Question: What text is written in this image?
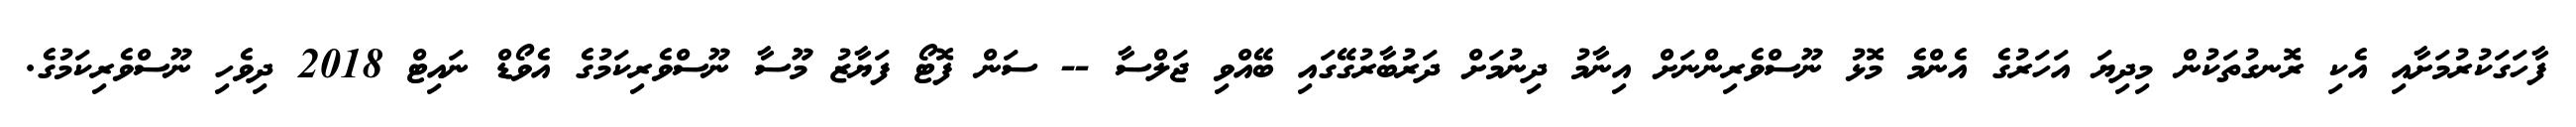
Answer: ފާހަގަކުރުމަށާއި އެކި ރޮނގުތަކުން މިދިޔަ އަހަރުގެ އެންމެ މޮޅު ނޫސްވެރިންނަށް އިނާމު ދިނުމަށް ދަރުބާރުގޭގައި ބޭއްވި ޖަލްސާ -- ސަން ފޮޓޯ ފަޔާޒު މޫސާ ނޫސްވެރިކަމުގެ އެވޯޑް ނައިޓް 2018 ދިވެހި ނޫސްވެރިކަމުގެ.